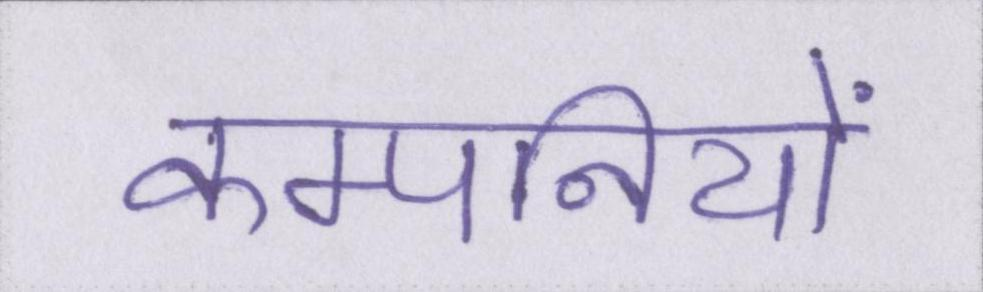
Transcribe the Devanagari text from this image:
कम्पनियों